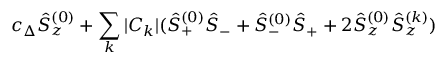
c _ { \Delta } \hat { S } _ { z } ^ { ( 0 ) } + \sum _ { k } | C _ { k } | ( \hat { S } _ { + } ^ { ( 0 ) } \hat { S } _ { - } + \hat { S } _ { - } ^ { ( 0 ) } \hat { S } _ { + } + 2 \hat { S } _ { z } ^ { ( 0 ) } \hat { S } _ { z } ^ { ( k ) } )